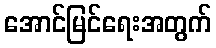
အောင်မြင်ရေးအတွက်